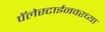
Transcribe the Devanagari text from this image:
पॅलेस्टाईनवरच्या